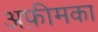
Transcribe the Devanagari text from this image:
अफ़ीमका